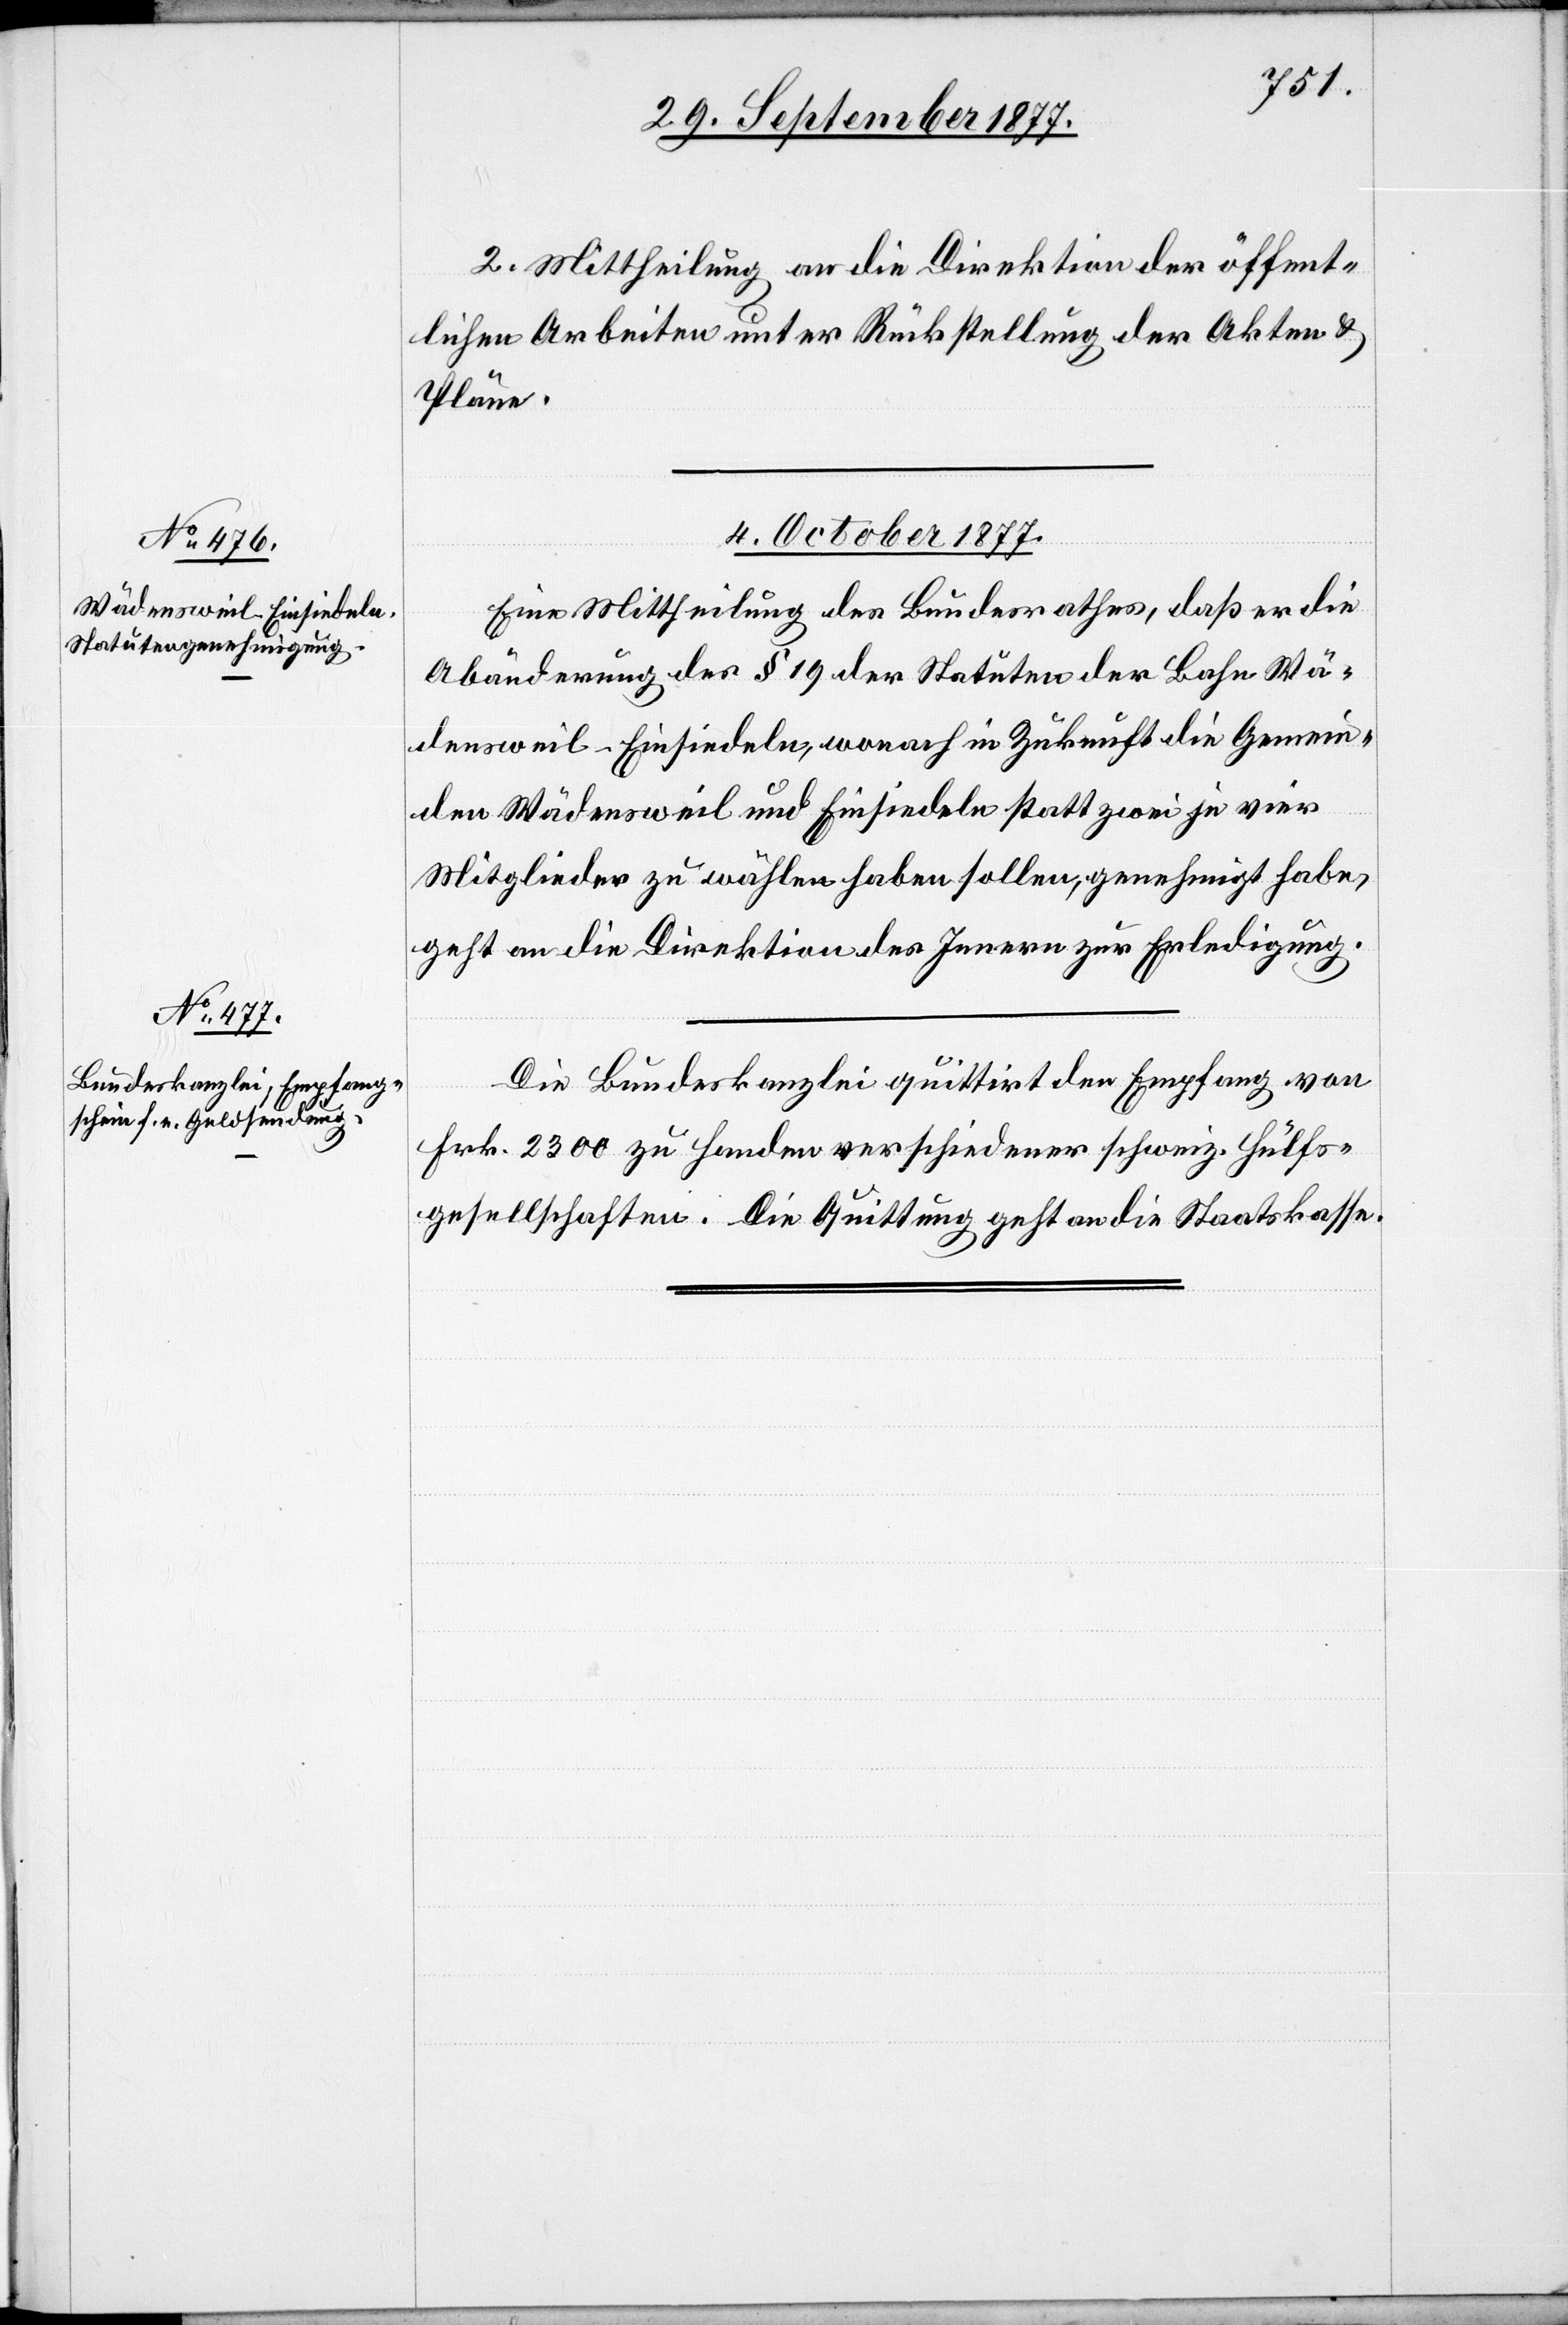
2. Mittheilung an die Direktion der öffent¬
lichen Arbeiten unter Rückstellung der Akten &
Pläne.
4. October 1877.]
Eine Mittheilung des Bundesrathes, daß er die
Abänderung des § 19 der Statuten der Bahn Wä¬
densweil–Einsiedeln, wonach in Zukunft die Gemein¬
den Wädensweil und Einsiedeln statt zwei je vier
Mitglieder zu wählen haben sollen, genehmigt habe,
geht an die Direktion des Innern zur Erledigung.
Die Bundeskanzlei quittirt den Empfang von
Frk. 2300 zu Handen verschiedener schweiz. Hülfs¬
gesellschaften. Die Quittung geht an die Staatskasse.